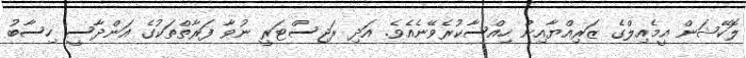
ލޮކޭޝަން އީމެއިލްގެ ޒަރިއްޔާއިން ހިއްސާކުރެވޭނެއެވެ. އަދި ރަޖިސްޓަރީ ނުވާ ފަރާތްތަކުގެ އަންދާސީ ހިސާބު